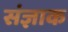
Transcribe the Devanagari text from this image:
संज्ञाक